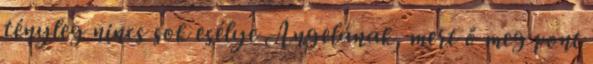
tényleg nincs sok esélye Angelának, mert ő meg pont